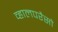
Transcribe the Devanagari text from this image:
व्हालपरैसो